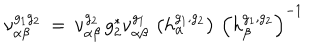
\nu _ { \alpha \beta } ^ { g _ { 1 } g _ { 2 } } \: = \: \nu _ { \alpha \beta } ^ { g _ { 2 } } \, g _ { 2 } ^ { * } \nu _ { \alpha \beta } ^ { g _ { 1 } } \, \left( h _ { \alpha } ^ { g _ { 1 } , g _ { 2 } } \right) \, \left( h _ { \beta } ^ { g _ { 1 } , g _ { 2 } } \right) ^ { - 1 }